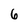
Character: 6